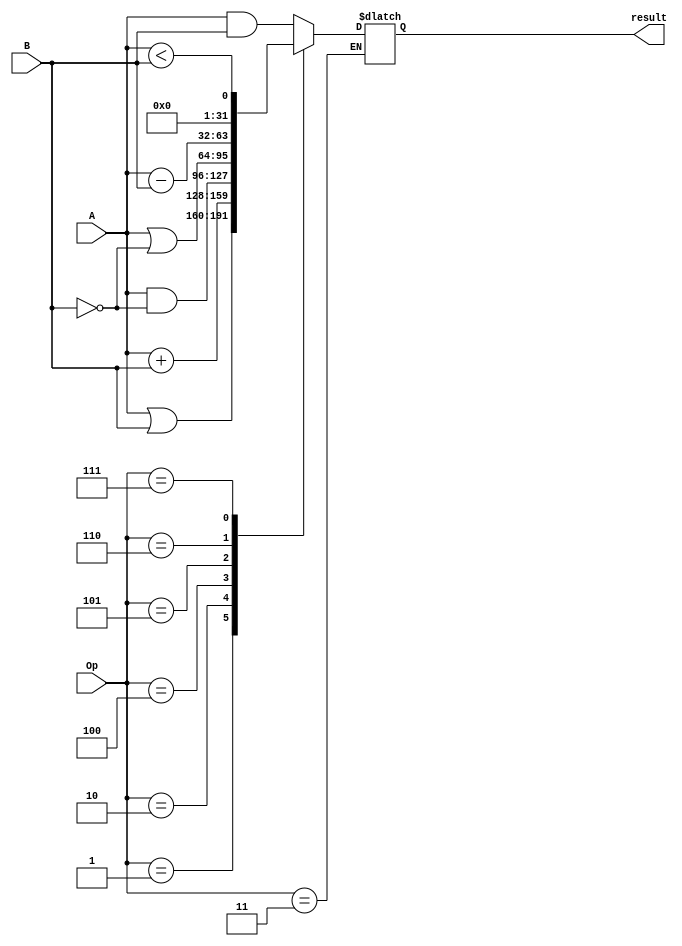
`timescale 1ns / 1ps
//////////////////////////////////////////////////////////////////////////////////
// Company: 
// Engineer: 
// 
// Design Name: 
// Module Name: RegFile
// Project Name: 
// Target Devices: 
// Tool Versions: 
// Description: 
// 
// Dependencies: 
// 
// Revision:
// Revision 0.01 - File Created
// Additional Comments:
// 
//////////////////////////////////////////////////////////////////////////////////


module ALU(A,B,Op,result);
  input [31:0] A,B;//8 bit input
  input [2:0] Op; //operation variable
  output reg [31:0] result =0; //result in 16-bit output
  always @(A or B or Op)
    begin
      case(Op)
      3'b000: result = A & B;//AND
      3'b001: result = A | B;//OR
      3'b010: result = A + B;//ADD
      3'b011:   ;//do nothing
      3'b100: result = A & (!B);//A and NOT B
      3'b101: result = A | (!B);//A OR NOT B
      3'b110: result = A - B;//SUB
      3'b111: result = A < B;//LEssThan
      endcase
    end
endmodule